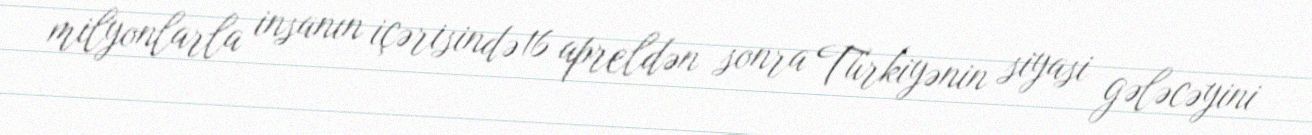
milyonlarla insanın içərisində 16 apreldən sonra Türkiyənin siyasi gələcəyini